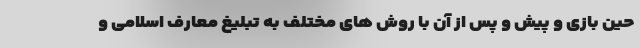
حین بازی و پیش و پس از آن با روش های مختلف به تبلیغ معارف اسلامی و